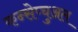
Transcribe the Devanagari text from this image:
कन्सेप्चुअल